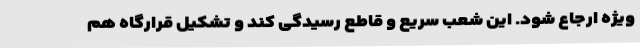
ویژه ارجاع شود. این شعب سریع و قاطع رسیدگی کند و تشکیل قرارگاه هم